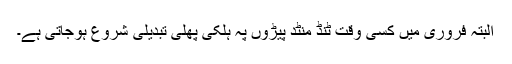
البتہ فروری میں کسی وقت ٹنڈ منٹد پیڑوں پہ ہلکی پھلی تبدیلی شروع ہوجاتی ہے۔